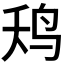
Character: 𮭢